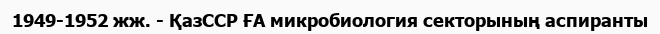
1949-1952 жж. - ҚазССР ҒА микробиология секторының аспиранты